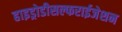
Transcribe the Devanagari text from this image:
हाइड्रोडीसल्फराईजेशन